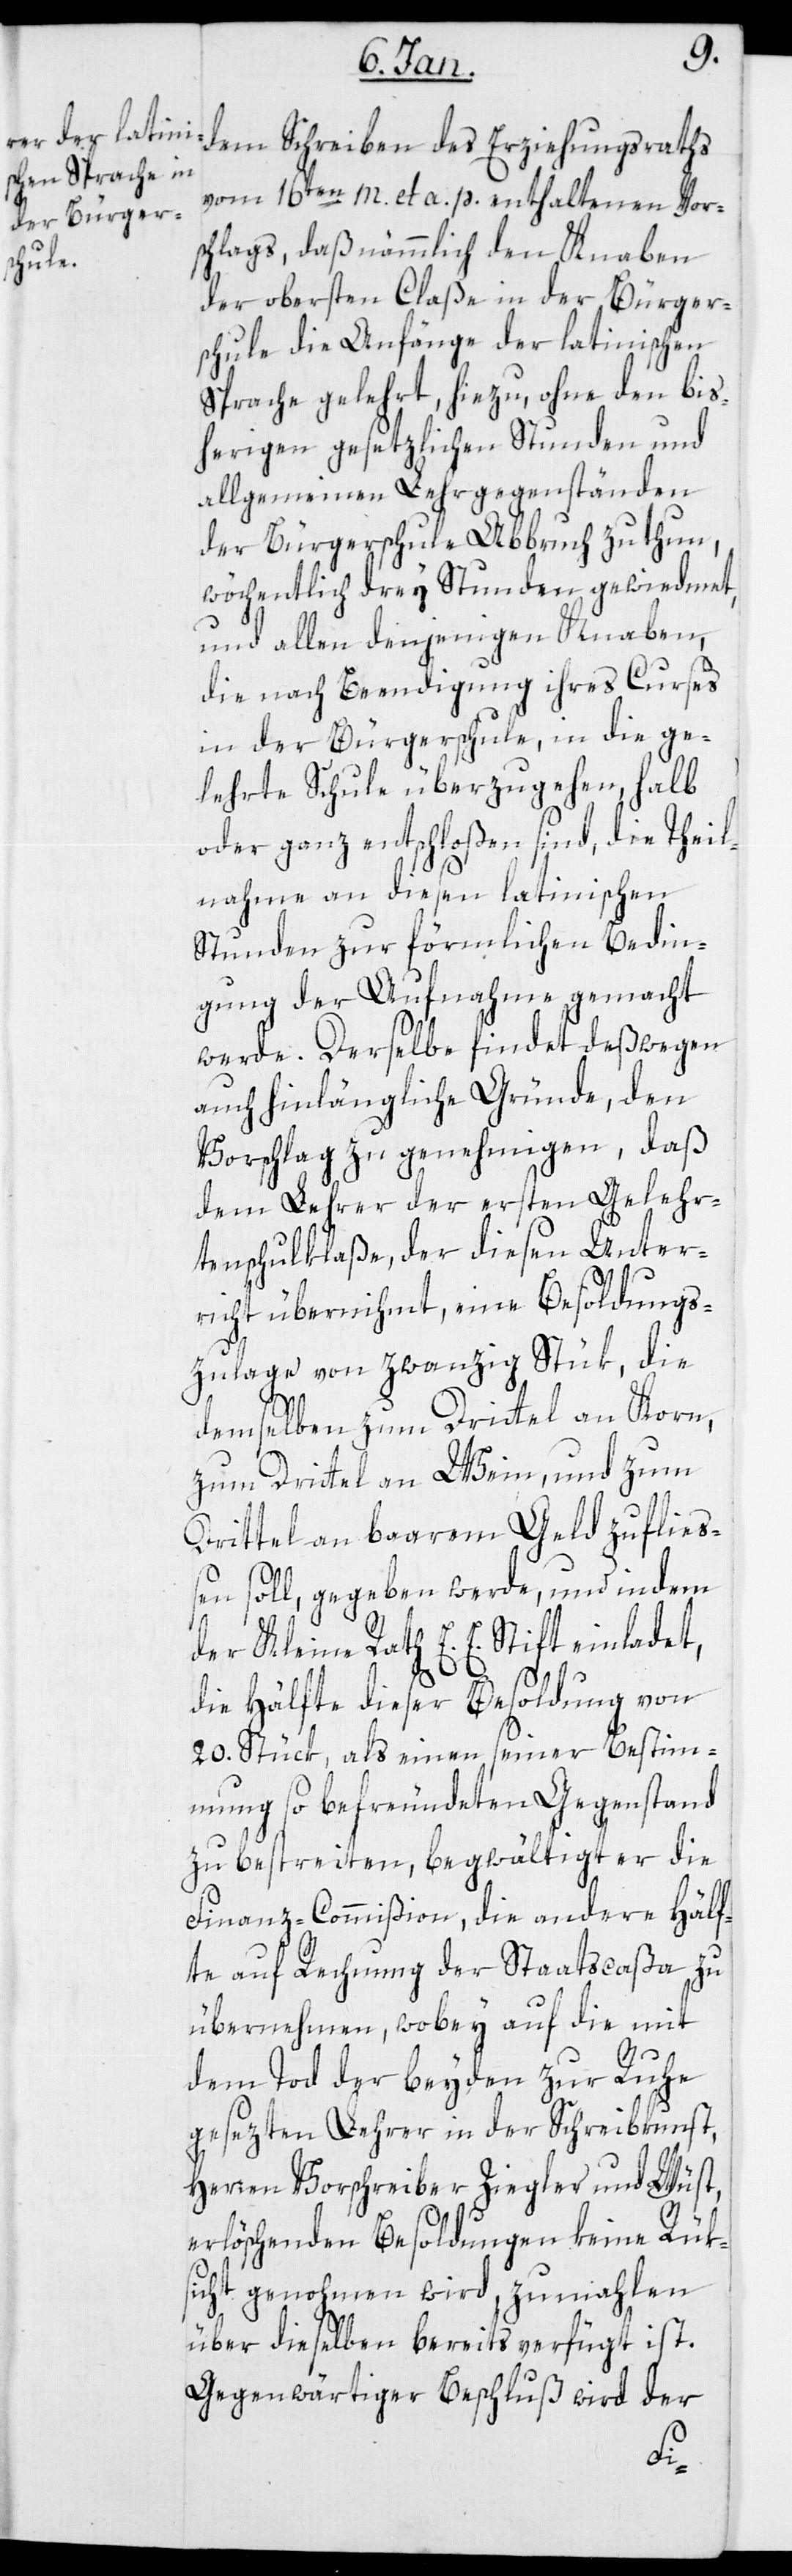
dem Schreiben des Erziehungsraths
vom 16ten m. et a. p. enthaltenen Vors¬
chlags, daß nämlich den Knaben
der obersten Claße in der Bürger¬
schule die Anfänge der latinischen
Sprache gelehrt, hiezu, ohne den bis¬
herigen gesetzlichen Stunden und
allgemeinen Lehrgegenständen
der Bürgerschule Abbruch zu thun,
wöchentlich drey Stunden gewidmet,
und allen denjenigen Knaben,
die nach Beendigung ihres Curses
in der Bürgerschule, in die ge¬
lehrte Schule überzugehen, halb
oder ganz entschloßen sind, die Theil¬
nahme an diesen latinischen
Stunden zur förmlichen Bedin¬
gung der Aufnahme gemacht
werde. Derselbe findet deßwegen
auch hinlängliche Gründe, den
Vorschlag zu genehmigen, daß
dem Lehrer der ersten Gelehr¬
tenschulklaße, der diesen Unter¬
richt übernihmt, eine Besoldungs¬
zulage von zwanzig Stück, die
demselben zum Drittel an Korn,
zum Drittel an Wein, und zum
Drittel an baarem Geld zuflies¬
sen soll, gegeben werde, und indem
der Kleine Rath E. E. Stift einladet,
die Hälfte dieser Besoldung von
20. Stück, als einen seiner Bestim¬
mung so befreundeten Gegenstand
zu bestreiten, begwältigt er die
Finanz-Commißion, die andere Hälf¬
te auf Rechnung der Staatscaßa zu
übernehmen, wobey auf die mit
dem Tod der beyden zur Ruhe
gesetzten Lehrer in der Schreibkunst,
Herren Vorschreiber Ziegler und Wüst,
erlöschenden Besoldungen keine Rücks¬
icht genommen wird, zumahlen
über dieselben bereits verfügt ist.
Gegenwärtiger Beschluss wird der